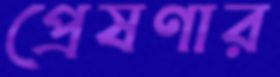
প্রেষণার